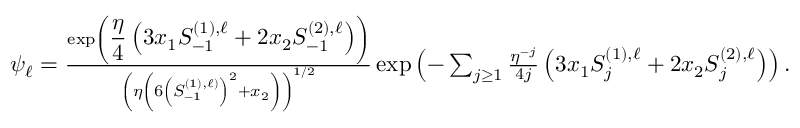
\begin{array} { r } { \psi _ { \ell } = \frac { \exp \left( \displaystyle \frac { \eta } { 4 } \left( 3 x _ { 1 } S _ { - 1 } ^ { ( 1 ) , \ell } + 2 x _ { 2 } S _ { - 1 } ^ { ( 2 ) , \ell } \right) \right) } { \left( \eta \left( 6 \left( S _ { - 1 } ^ { ( 1 ) , \ell ) } \right) ^ { 2 } + x _ { 2 } \right) \right) ^ { 1 / 2 } } \exp \left( - \sum _ { j \geq 1 } \frac { \eta ^ { - j } } { 4 j } \left( 3 x _ { 1 } S _ { j } ^ { ( 1 ) , \ell } + 2 x _ { 2 } S _ { j } ^ { ( 2 ) , \ell } \right) \right) . } \end{array}